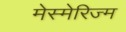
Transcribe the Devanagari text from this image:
मेस्मेरिज्म